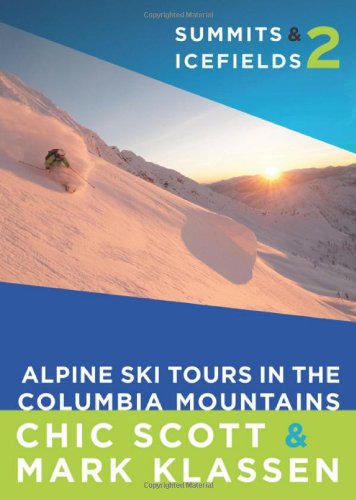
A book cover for Summits & Icefields 2: Alpine Ski Tours in the Columbia Mountains; Chic Scott; Travel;